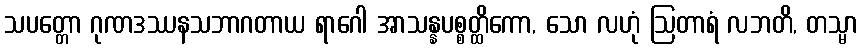
သပတ္တော ဂုဏဒဿနသဘာဂတာယ ရာဂေါ အာသန္နပစ္စတ္ထိကော, သော လဟုံ ဩတာရံ လဘတိ, တသ္မာ